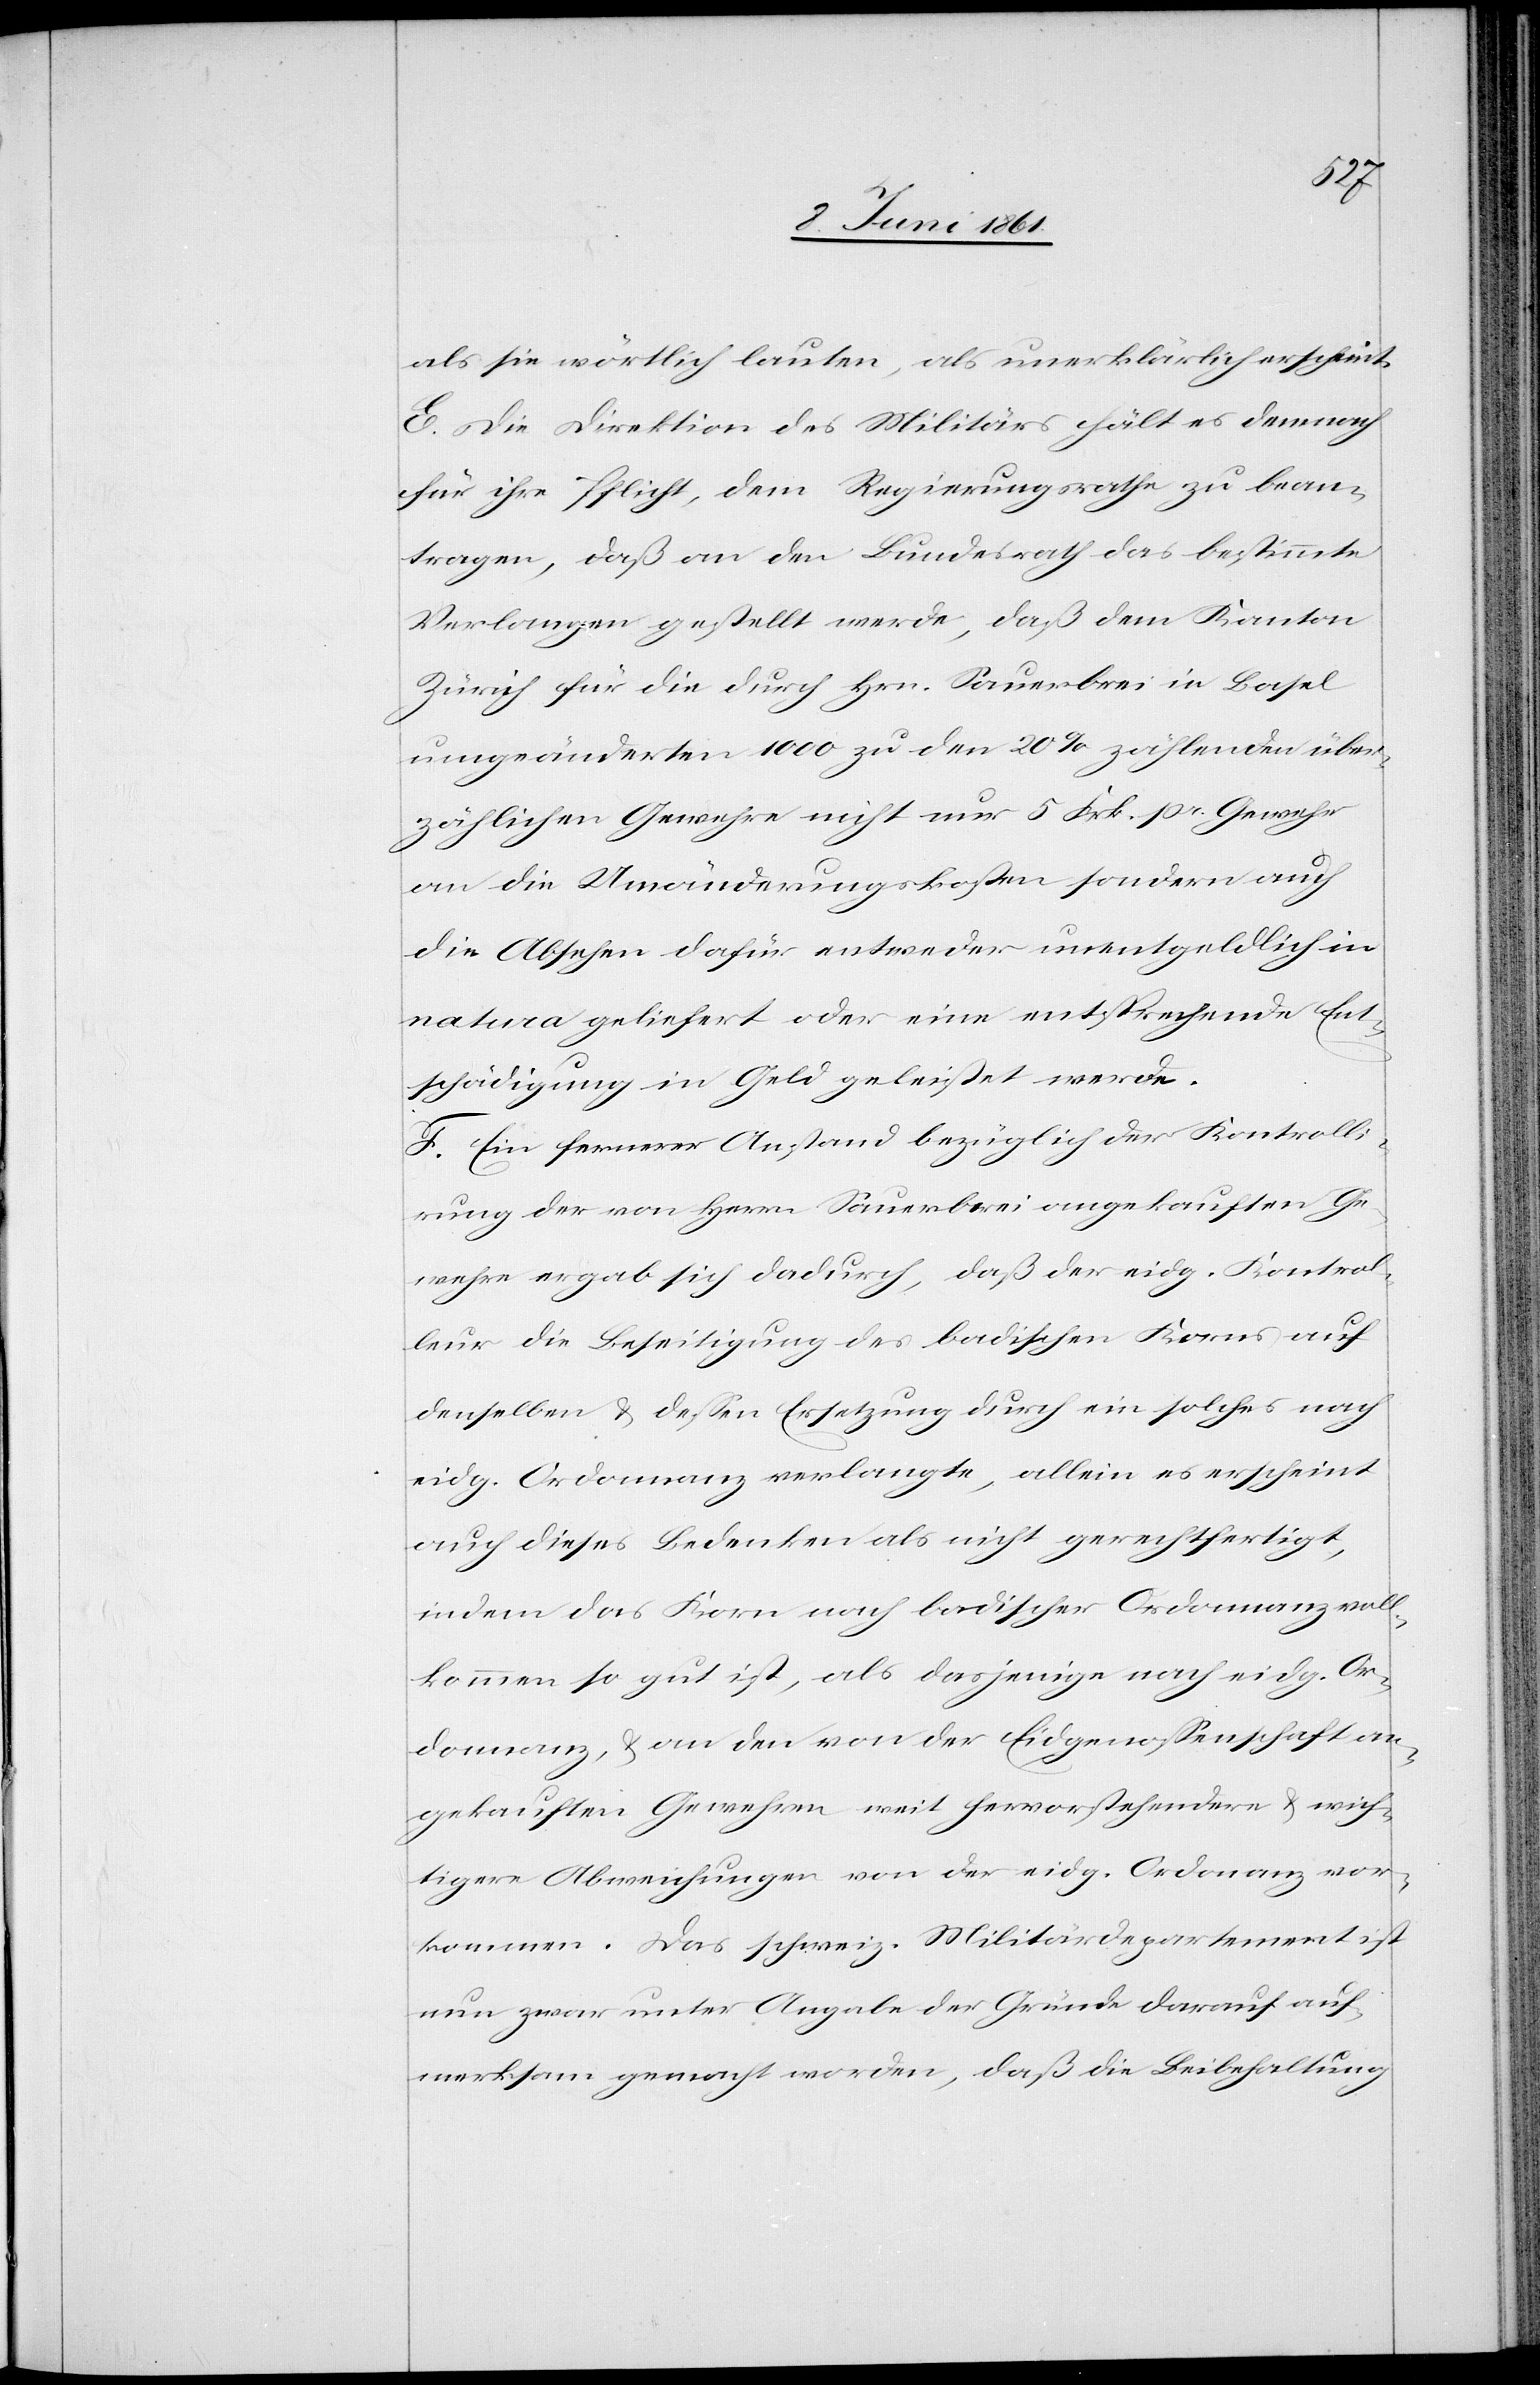
als sie wörtlich lauten, als unerklärlich erscheint.
E. Die Direktion des Militärs hält es demnach
für ihre Pflicht, dem Regierungsrathe zu bean¬
tragen, daß an den Bezirksrath das bestimmte
Verlangen gestellt werde, daß dem Kanton
Zürich für die durch Hrn. Sauerbrei in Basel
umgeänderten 1000 zu den 20% zählenden über¬
zählichen Gewehre nicht nur 5 Frk. pr. Gewehr
an die Umänderungskosten sondern auch
die Absehen dafür entweder unentgeldlich in
natura geliefert oder eine entsprechende Ent¬
schädigung in Geld geleistet werde.
F. Ein fernerer Anstand bezüglich der Kontrolli¬
rung der von Herrn Sauerbrei angekauften Ge¬
wehre ergab sich dadurch, daß der eidg. Kontrol¬
leur die Beseitigung des badischen Korns auf
denselben u. dessen Ersetzung durch ein solches nach
eidg. Ordonnanz verlangte, allein es erscheint
auch dieses Bedenken als nicht gerechtfertigt,
indem das Korn nach badischer Ordonnanz voll¬
kommen so gut ist, als dasjenige nach eidg. Or¬
donnanz, u. an den von der Eidgenossenschaft an¬
gekauften Gewehren weit hervorstehendere u. wich¬
tigere Abweichungen von der eidg. Ordonanz vor¬
kommen. Das schweiz. Militärdepartement ist
nun zwar unter Angabe der Gründe darauf auf¬
merksam gemacht worden, daß die Beibehaltung